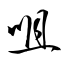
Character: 咀